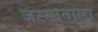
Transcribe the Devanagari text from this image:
जस्‍सावाला